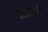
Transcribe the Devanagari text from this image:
कसगी